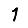
Digit: 1